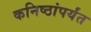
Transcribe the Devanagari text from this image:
कनिष्ठांपर्यंत